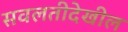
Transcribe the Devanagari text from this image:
सवलतीदेखील